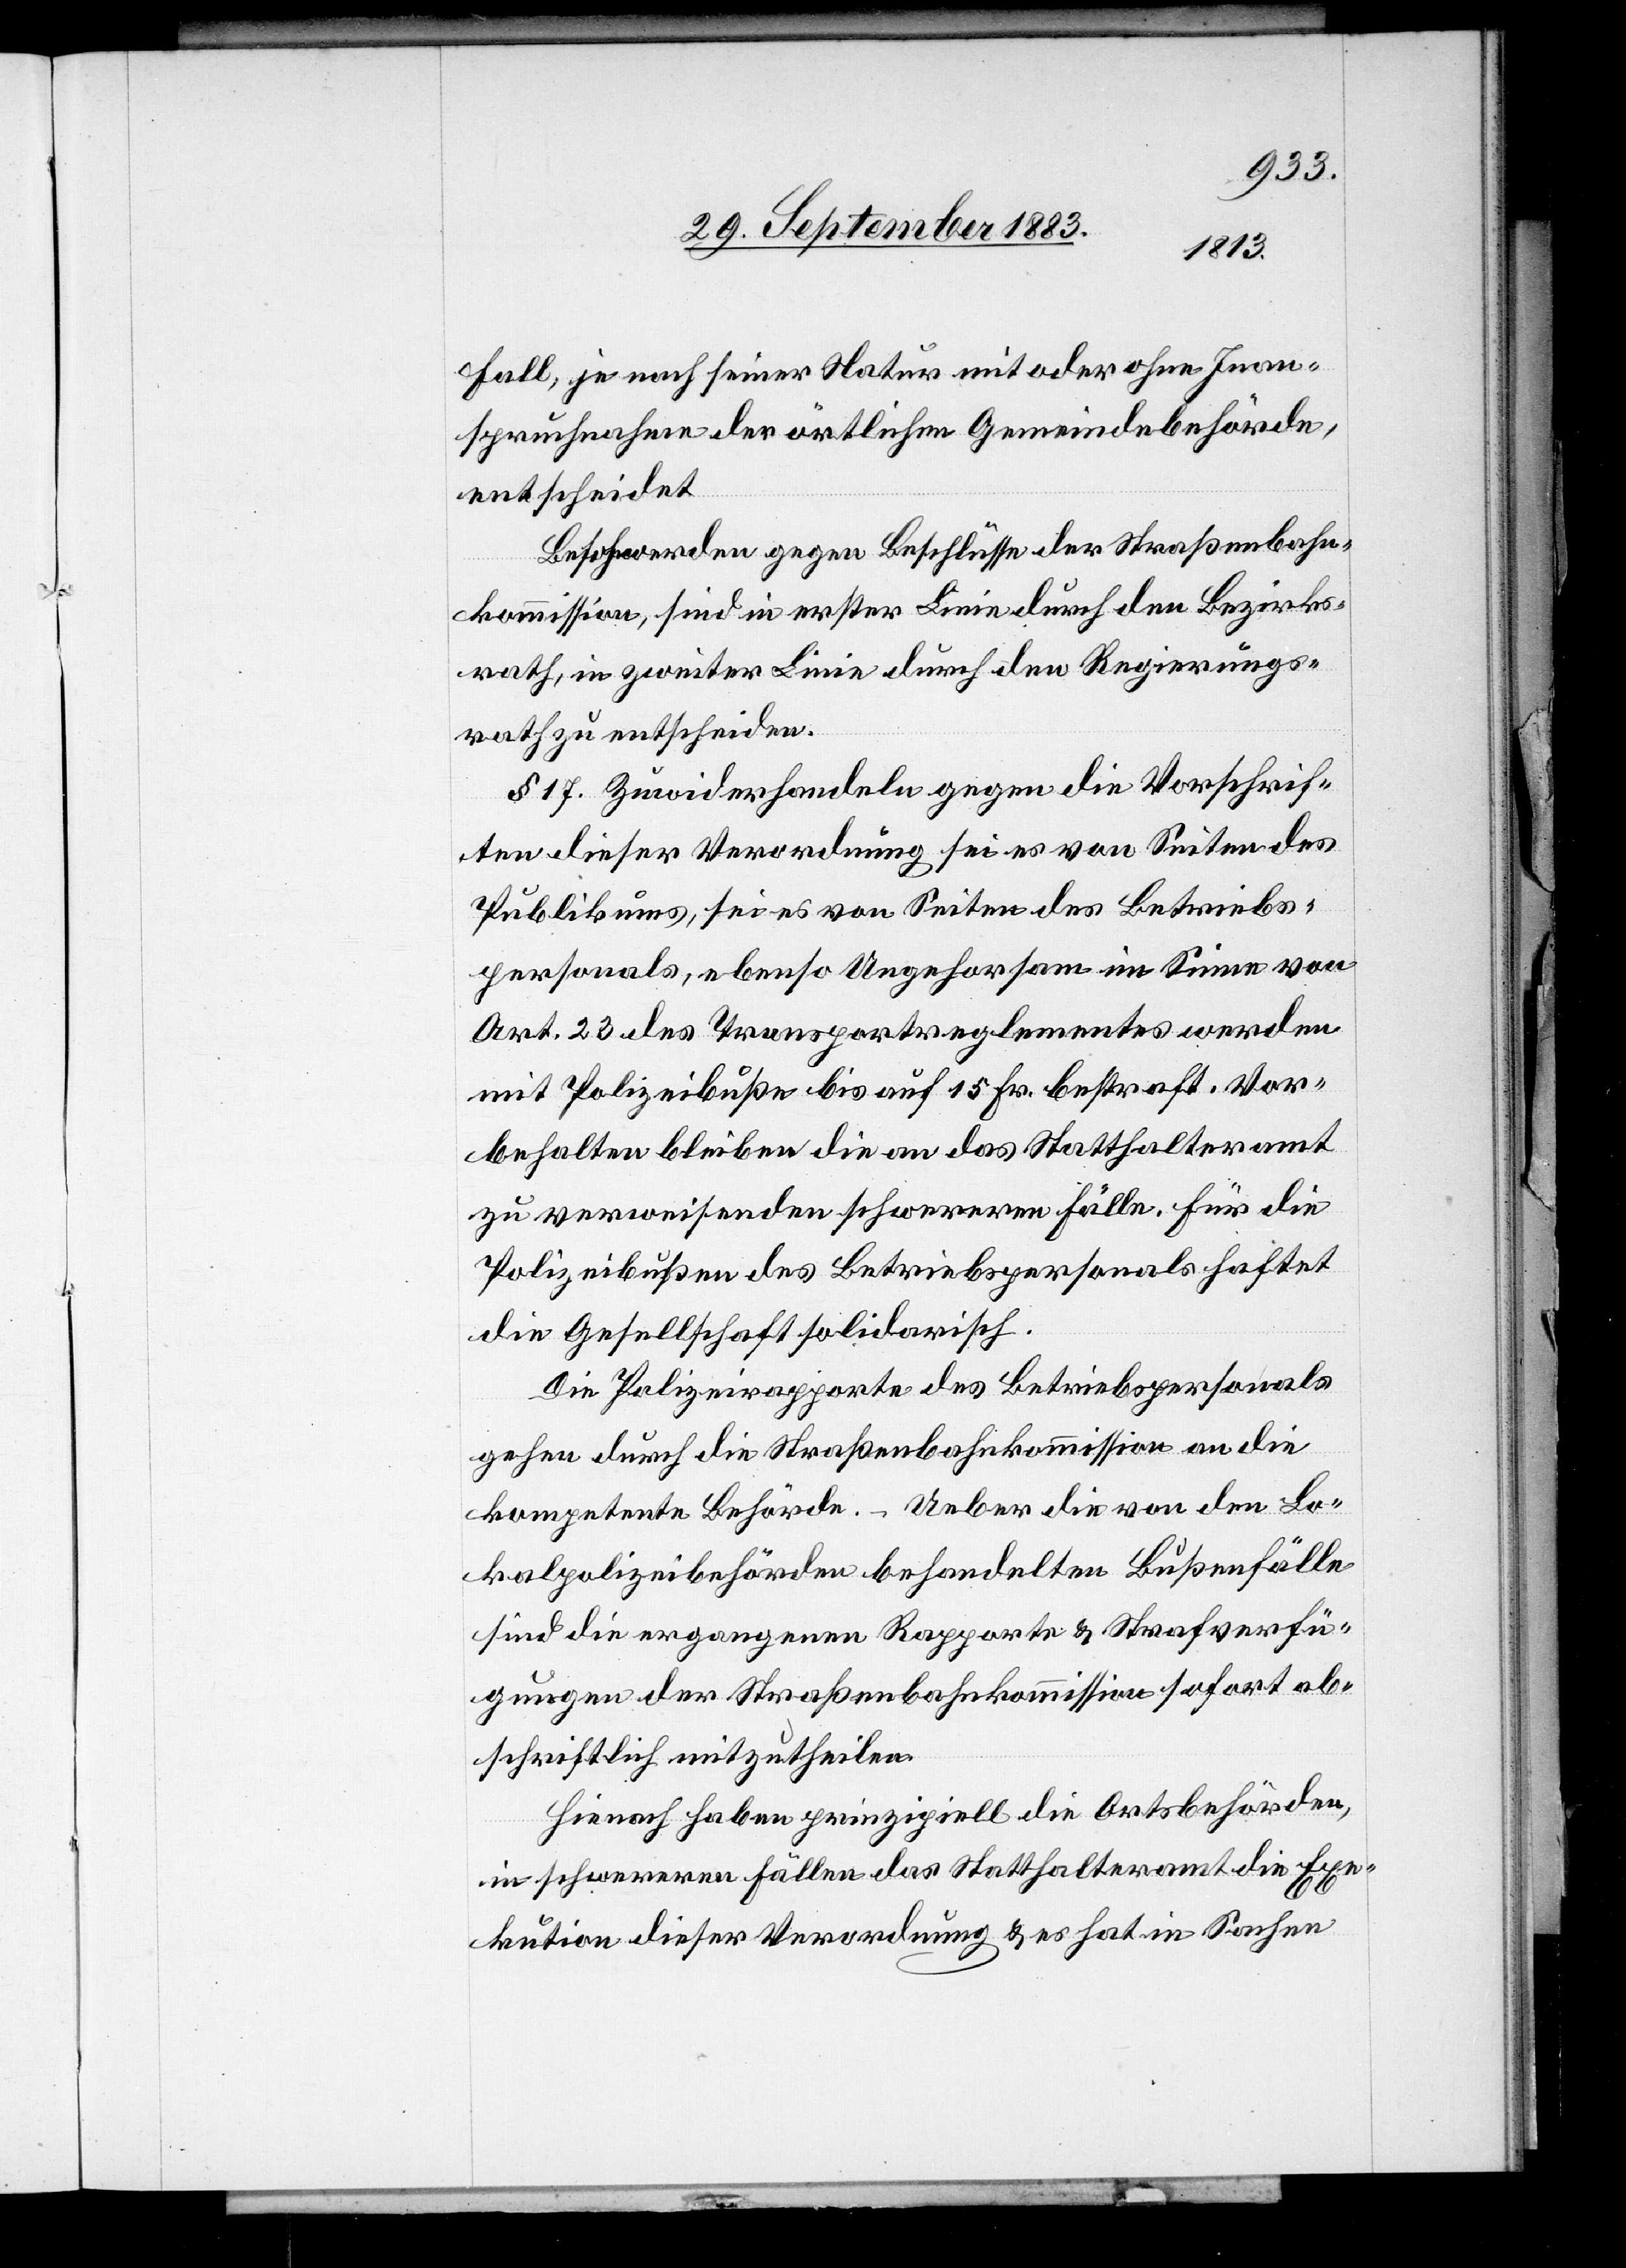
Fall, je nach seiner Natur mit oder ohne Inan¬
spruchnahme der örtlichen Gemeindebehörde,
entscheidet.
Beschwerden gegen Beschlüsse der Straßenbahn¬
kommission, sind in erster Linie durch den Bezirks¬
rath, in zweiter Linie durch den Regierungs¬
rath zu entscheiden.
§ 17. Zuwiderhandeln gegen die Vorschrif¬
ten dieser Verordnung sei es von Seiten des
Publikums, sei es von Seiten des Betriebs¬
personals, ebenso Ungehorsam im Sinne von
Art. 23 des Transportreglements werden
mit Polizeibuße bis auf 15 Fr. bestraft. Vor¬
behalten bleibe die an das Statthalteramt
zu verweisenden schwereren Fälle. Für die
Polizeibußen des Betriebspersonals haftet
die Gesellschaft solidarisch.
Die Polizeirapporte des Betriebspersonals
gehen durch die Straßenbahnkommission an die
kompetente Behörde. – Ueber die von den Lo¬
kalpolizeibehörden behandelten Bußenfälle
sind die ergangenen Rapporte & Strafverfü¬
gungen der Straßenbaukommission sofort ab¬
schriftlich mitzutheilen.
Hienach haben prinzipiell die Ortsbehörden,
in schwereren Fällen das Statthalteramt die Exe¬
kution dieser Verordnung & es hat in Sachen